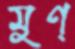
মুণ্